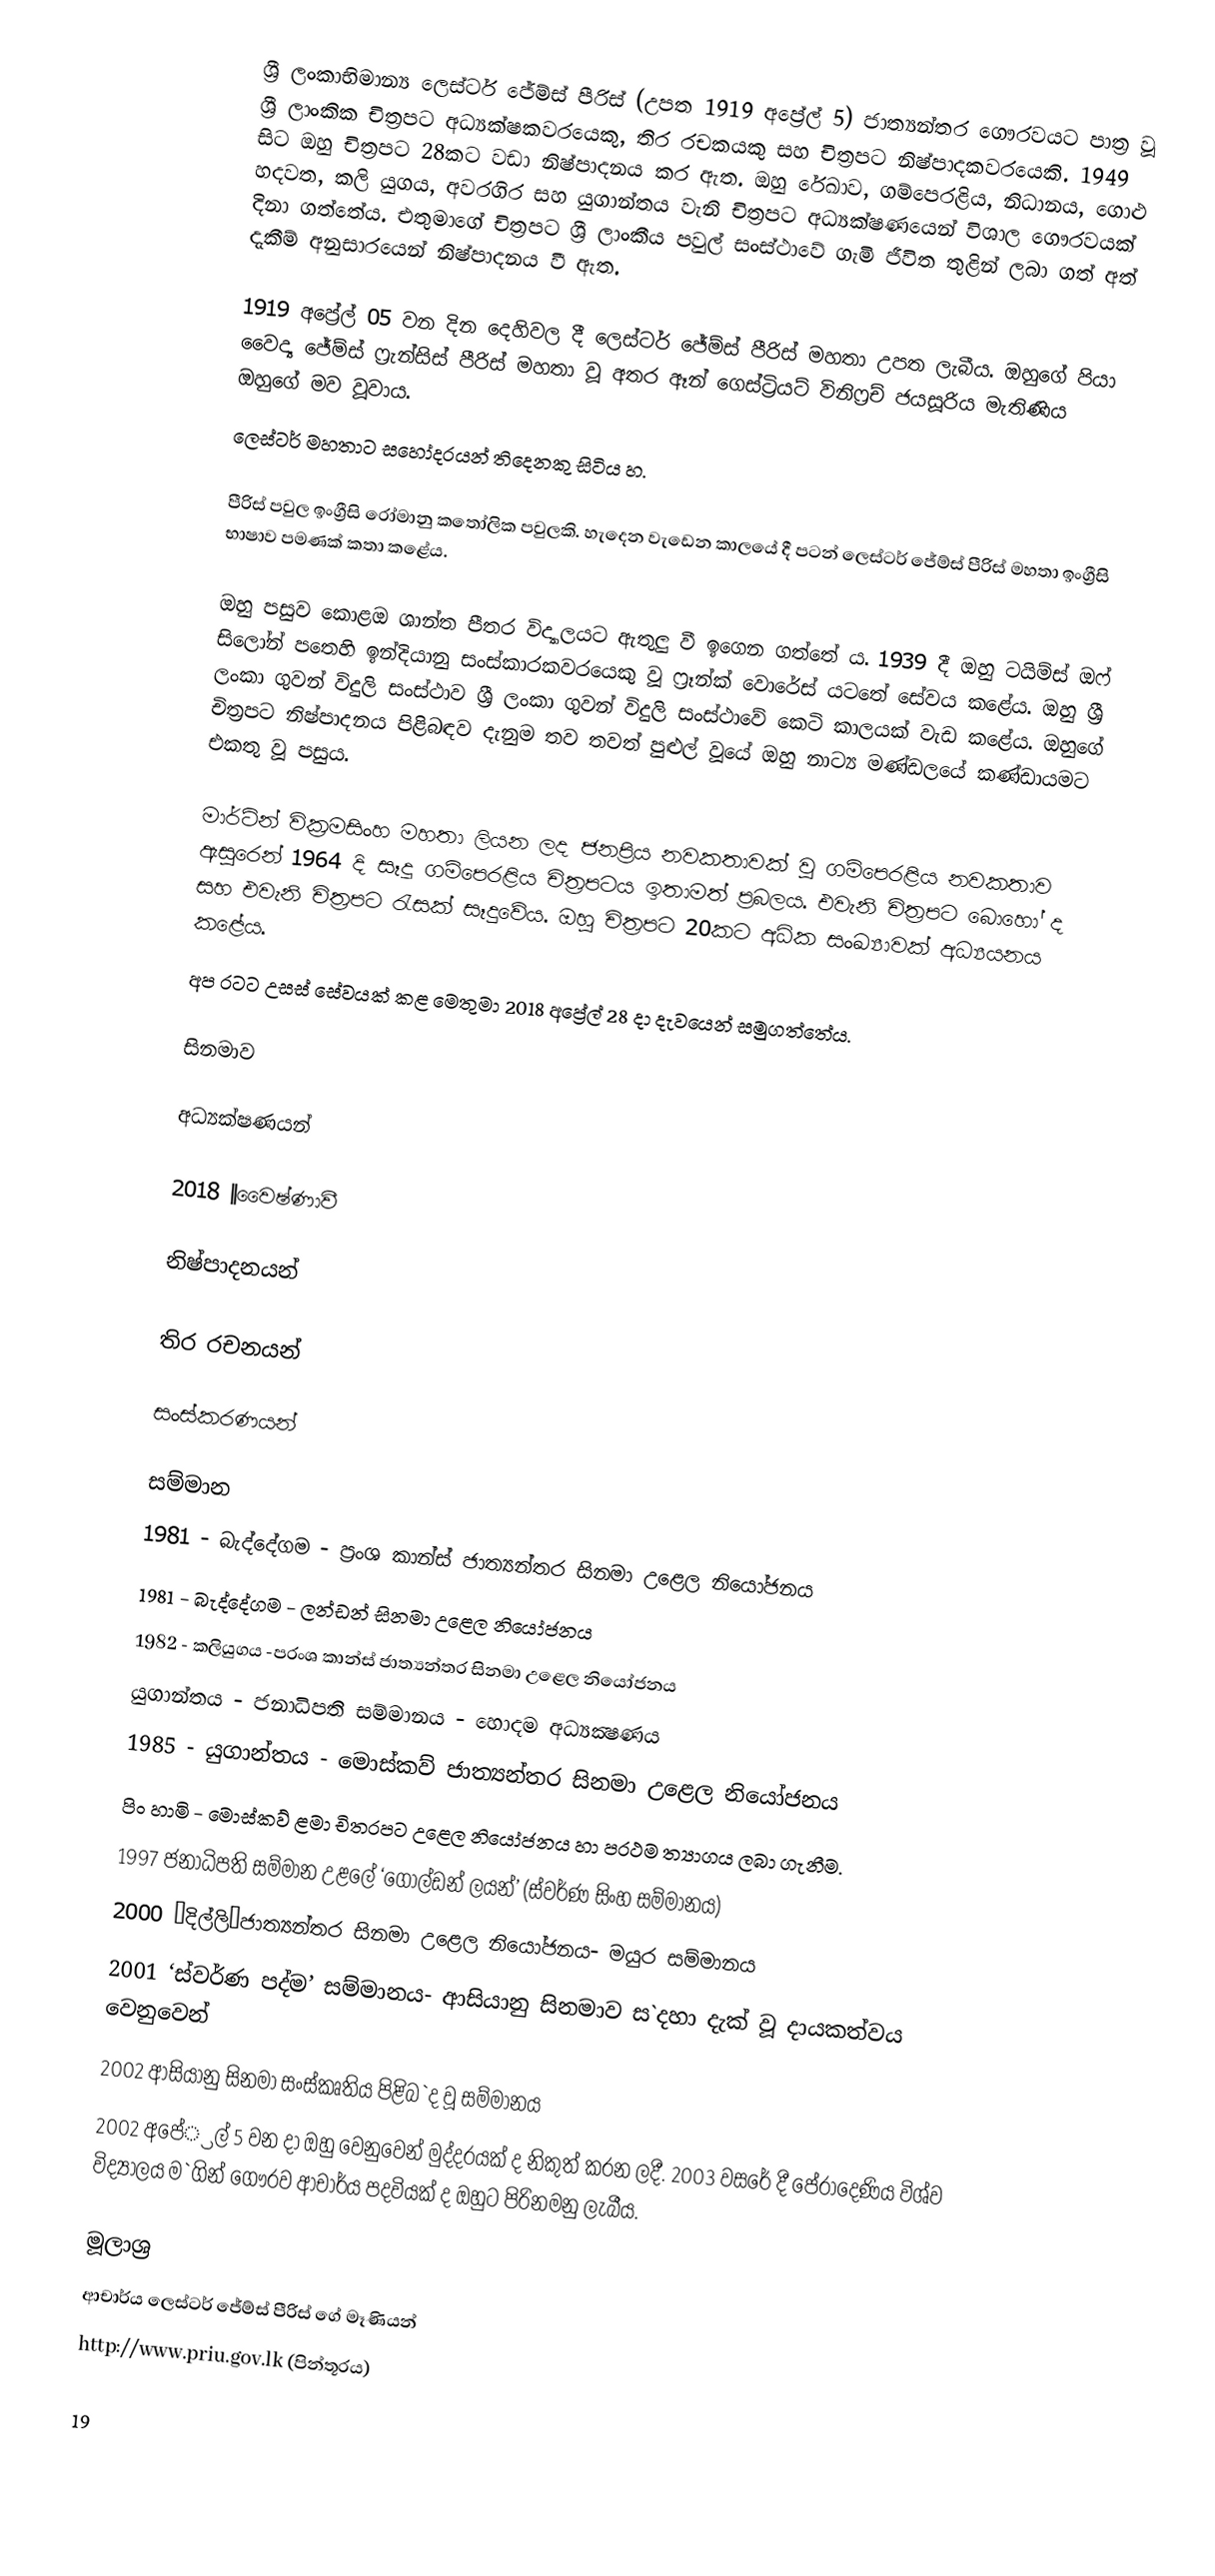
ශ්‍රී ලංකාභිමාන්‍ය ලෙස්ටර් ජේම්ස් පීරිස් (උපත 1919 අප්‍රේල් 5) ජාත්‍යන්තර ගෞරවයට පාත්‍ර වූ ශ්‍රී ලාංකික චිත්‍රපට අධ්‍යක්ෂකවරයෙකු, තිර රචකයකු සහ චිත්‍රපට නිෂ්පාදකවරයෙකි. 1949 සිට ඔහු චිත්‍රපට 28කට වඩා නිෂ්පාදනය කර ඇත. ඔහු රේඛාව, ගම්පෙරළිය, නිධානය, ගොළු හදවත, කලි යුගය, අවරගිර සහ යුගාන්තය වැනි චිත්‍රපට අධ්‍යක්ෂණයෙන් විශාල ගෞරවයක් දිනා ගත්තේය. එතුමාගේ චිත්‍රපට ශ්‍රී ලාංකීය පවුල් සංස්ථාවේ ගැමි ජීවිත තුළින් ලබා ගත් අත් දැකීම් අනුසාරයෙන් නිෂ්පාදනය වී ඇත.

1919 අප්‍රේල් 05 වන දින දෙහිවල දී ලෙස්ටර් ජේම්ස් පීරිස් මහතා උපත ලැබීය. ඔහුගේ පියා වෛද්‍ය ජේම්ස් ෆ්‍රැන්සිස් පීරිස් මහතා වූ අතර ඈන් ගෙස්ට්‍රියට් විනිෆ්‍රච් ජයසූරිය මැතිණිය ඔහුගේ මව වූවාය.
ලෙස්ටර් මහතාට සහෝදරයන් තිදෙනකු සිටිය හ.

පීරිස් පවුල ඉංග්‍රීසි රෝමානු කතෝලික පවුලකි. හැදෙන වැඩෙන කාලයේ දී  පටන් ලෙස්ටර් ජේම්ස් පීරිස් මහතා ඉංග්‍රීසි භාෂාව පමණක් කතා කළේය.

ඔහු පසුව කොළඔ ශාන්ත පීතර විද්‍යාලයට ඇතුලු වී ඉගෙන ගත්තේ ය. 1939 දී ඔහු ටයිම්ස් ඔෆ් සිලෝන් පතෙහි ඉන්දියානු සංස්කාරකවරයෙකු වූ ෆ්‍රෑන්ක් වොරේස් යටතේ සේවය කළේය. ඔහු ශ්‍රී ලංකා ගුවන් විදුලි සංස්ථාව ශ්‍රී ලංකා ගුවන් විදුලි සංස්ථාවේ කෙටි කාලයක් වැඩ කළේය. ඔහුගේ චිත්‍රපට නිෂ්පාදනය පිළිබඳව දැනුම තව තවත් පුළුල් වූයේ ඔහු නාට්‍ය මණ්ඩලයේ කණ්ඩායමට එකතු වූ පසුය.

 මාර්ටින් වික්‍රමසිංහ මහතා ලියන ලද ජනප්‍රිය නවකතාවක් වූ ගම්පෙරළිය නවකතාව ඇසුරෙන් 1964 දි සෑදූ ගම්පෙරළිය චිත්‍රපටය ඉතාමත් ප්‍රබලය. එවැනි චිත්‍රපට බොහෝ ද සහ එවැනි චිත්‍රපට රැසක් සෑදුවේය. ඔහු චිත්‍රපට 20කට අධික සංඛ්‍යාවක් අධ්‍යයනය කළේය.
අප රටට උසස් සේවයක් කළ මෙතුමා 2018 අප්‍රේල් 28 දා දැවයෙන් සමුගත්තේය.

සිනමාව

අධ්‍යක්ෂණයන්

2018  ||වෛෂ්ණාවී

නිෂ්පාදනයන්

තිර රචනයන්

සංස්කරණයන්

සම්මාන
1981 - බැද්දේගම -  ප‍්‍රංශ කාන්ස් ජාත්‍යන්තර සිනමා උළෙල නියෝජනය
1981 - බැද්දේගම - ලන්ඩන් සිනමා උළෙල නියෝජනය
1982 - කලියුගය -ප‍්‍රංශ කාන්ස් ජාත්‍යන්තර සිනමා උළෙල නියෝජනය
යුගාන්තය  - ජනාධිපති සම්මානය - හොදම අධ්‍යක්‍ෂණය
1985 - යුගාන්තය - මොස්කව් ජාත්‍යන්තර සිනමා උළෙල නියෝජනය
පිං හාමි - මොස්කව් ළමා චිත‍්‍රපට උළෙල නියෝජනය හා ප‍්‍රථම ත්‍යාගය ලබා ගැනීම.
1997	ජනාධිපති සම්මාන උළලේ ‘ගෝල්ඩන් ලයන්’ (ස්වර්ණ සිංහ සම්මානය)
2000	‘දිල්ලි’ජාත්‍යන්තර සිනමා උළෙල නියෝජනය- මයුර සම්මානය
2001	‘ස්වර්ණ පද්ම’ සම්මානය- ආසියානු සිනමාව ස`දහා දැක් වූ දායකත්වය වෙනුවෙන්
2002	ආසියානු සිනමා සංස්කෘතිය පිළිබ`ද වූ සම්මානය
2002 අපේ‍්‍රල් 5 වන දා ඔහු වෙනුවෙන් මුද්දරයක් ද නිකුත් කරන ලදී. 2003 වසරේ දී පේරාදෙණිය විශ්ව විද්‍යාලය ම`ගින් ගෞරව ආචාර්ය පදවියක් ද ඔහුට පිරිනමනු ලැබීය.

මූලාශ‍්‍ර
 ආචාර්ය ලෙස්ටර් ජේම්ස් පීරිස් ගේ මෑණියන්
http://www.priu.gov.lk (පින්තූරය)

19